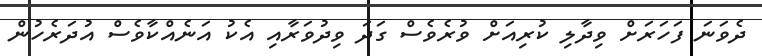
ދެވަނަ ފަހަރަށް ވިދާލި ކުރިއަށް ވުރެވެސް ގަދަ ވިދުވަރާއި އެކު އަނެއްކާވެސް އުދަރެހުން